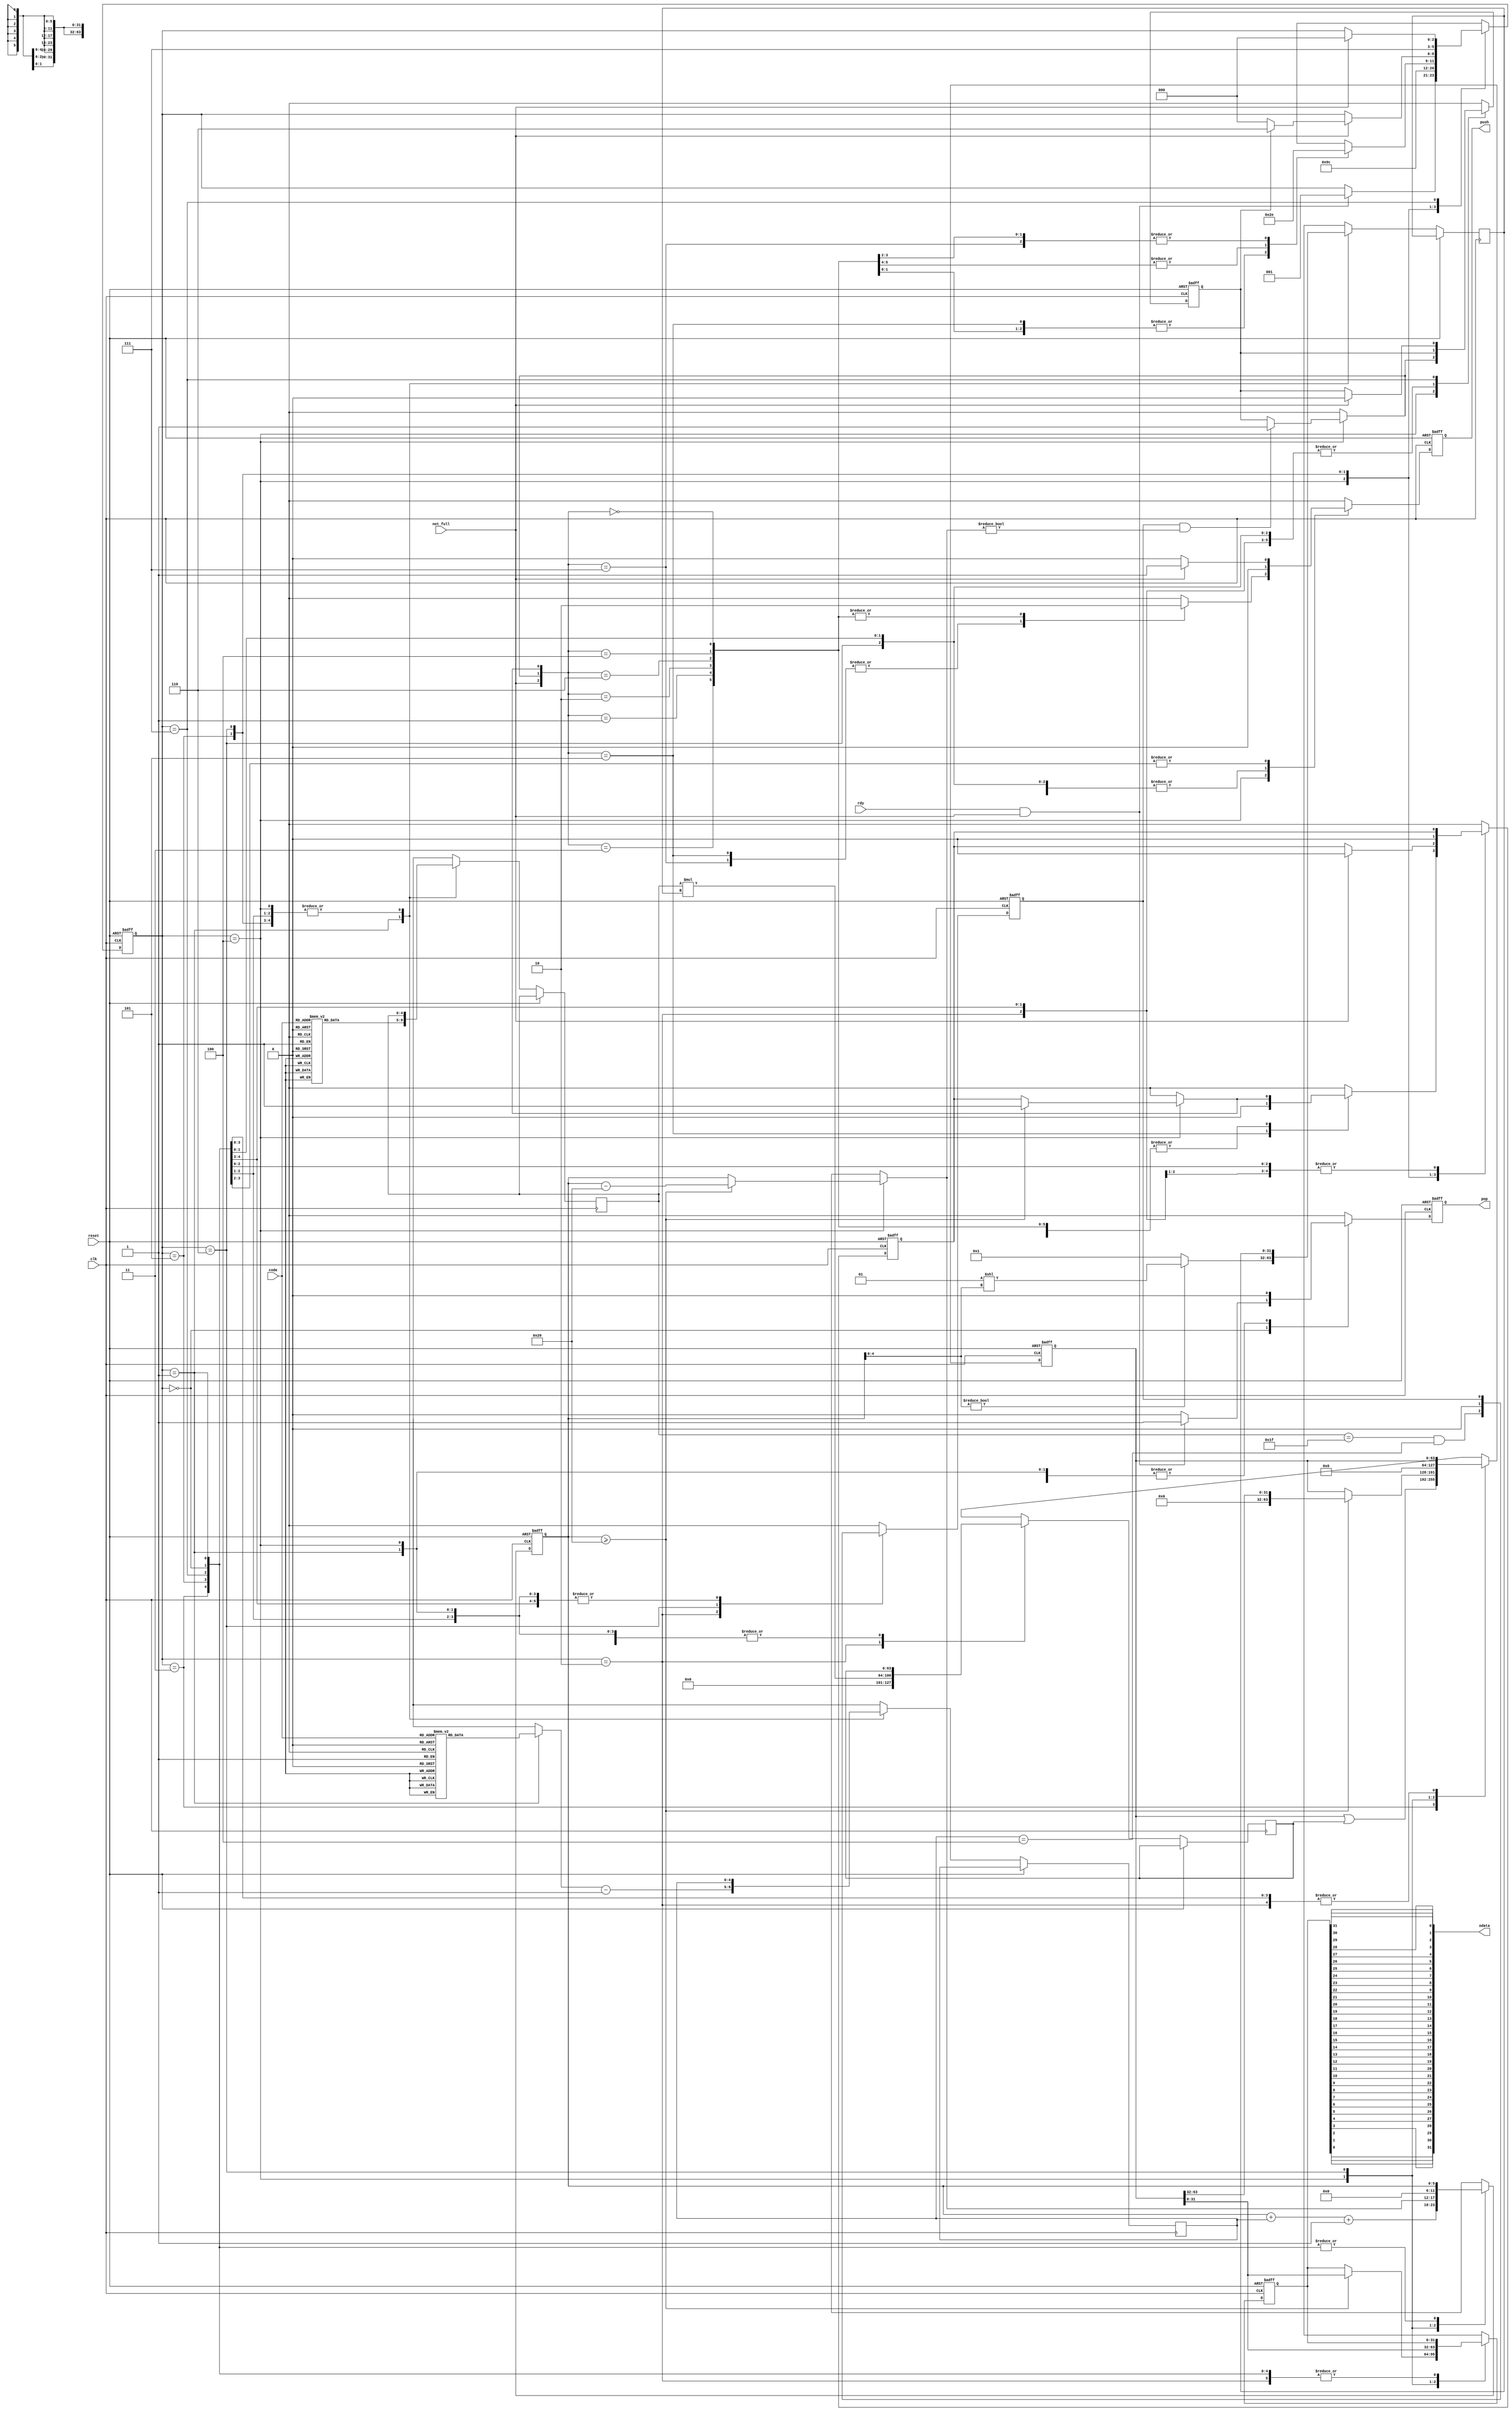
`timescale 1ns/1ns

`define init   3'd0
`define stage1 3'd1
`define stage2 3'd2
`define stage3 3'd3
`define stage4 3'd4
`define stage5 3'd5
`define stage6 3'd6
`define stage7 3'd7

module huffman_encode ( /*AUTOARG*/
   // Outputs
   odata, push, pop,
   // Inputs
   code, rdy, not_full, clk, reset
   ) ;

   parameter c_width = 4 ;//fixed length code width
   
   parameter vlc_width=5  ; //max variable length code width 
   parameter vlcz_width=5 ; //code size width
   
   parameter p_width=32 ; //packed data width 
   parameter p_width_msb=31 ; //packed data width
   
   parameter EOM = 5'b11111 ;
   parameter EOM_LENGTH = 4 ;//code length - 1
   
   input [3:0] code ;
   input 		rdy;
   input 		not_full ;
   input 		clk,reset ;
   
   output [p_width-1:0] odata ;//packed output data
   output 		push;
   output 		pop ;

   reg [vlc_width-1:0] 	cdata_rd ; //incoming code
   reg [vlcz_width-1:0] ldata_rd ; //incoming code length
   reg [vlc_width-1:0] 	cdata_wd ; //incoming code
   reg [vlcz_width-1:0] ldata_wd ; //incoming code length   

   reg [p_width-1:0] odata_wd ;//packed output data
   reg [p_width-1:0] odata_rd ;//packed output data

   reg [p_width-1:0] odata ;
   
   // //    
   reg 			push_rc;
   reg 			pop_rc ;
   reg 			push_wc;
   reg 			pop_wc ;   

   reg [p_width*2-1:0] 	pdata_rd ;//packed data register
   reg [p_width*2-1:0] 	pdata_wd ;//packed data register
   //    
   reg [vlcz_width:0] 	plsb_bit_rc ;//lsb start bit in packed data reg
   reg [vlcz_width:0] 	plsb_bit_wc ;//lsb start bit in packed data reg   

   
   reg [p_width*2-1:0] 	cdata_shift_rd ;
   reg [p_width-1:0] shift_mult_result_rd ;
   reg [p_width*2-1:0] 	cdata_shift_wd ;
   reg [p_width-1:0] shift_mult_result_wd ;   
   
   wire 		push = push_rc ;
   wire 		pop = pop_rc ;

   reg 			eom_detected_wc , eom_detected_rc ;
   reg [2:0] fsm_cs, fsm_ns;

   reg push_pending_wc,push_pending_rc,
       push_eom_pending_wc,push_eom_pending_rc;
   
   always @(posedge clk or posedge reset)
     if (reset)
       begin
	  pop_rc <= 0;
	  fsm_cs <= `init ;
	  push_rc <= 0;
	  plsb_bit_rc <= 0;
	  odata_rd <= 0;
	  pdata_rd <= 0;
	  eom_detected_rc <= 0;
	  push_pending_rc <= 0;
	  push_eom_pending_rc <= 0;
       end
     else
       begin
	  fsm_cs <= fsm_ns ;
	  pop_rc <= pop_wc ;
	  cdata_rd <= cdata_wd ;
	  ldata_rd <= ldata_wd ;
	  shift_mult_result_rd <= shift_mult_result_wd ;

	  cdata_shift_rd  <= cdata_shift_wd ;
	  push_rc <= push_wc ;
	  odata_rd <= odata_wd ;
	  plsb_bit_rc <= plsb_bit_wc ;
	  pdata_rd <= pdata_wd ;
	  eom_detected_rc <= eom_detected_wc ;

	  push_pending_rc <= push_pending_wc ;
	  push_eom_pending_rc <= push_eom_pending_wc;	  
       end

   integer i ;
   
   always @(/*autosense*/
	    cdata_rd
	    or cdata_shift_rd or code or eom_detected_rc or fsm_cs
	    or ldata_rd or not_full or odata_rd or pdata_rd
	    or plsb_bit_rc or push_eom_pending_rc or push_pending_rc
	    or rdy or shift_mult_result_rd)
     begin
	
	fsm_ns = fsm_cs ;
	pop_wc = 0;
	push_wc = 0;
	
	//Hold values
	cdata_wd = cdata_rd ;
	ldata_wd = ldata_rd ;
	shift_mult_result_wd = shift_mult_result_rd;

	cdata_shift_wd = cdata_shift_rd ;
	odata_wd = odata_rd ;
	pdata_wd = pdata_rd;
	plsb_bit_wc = plsb_bit_rc ;
	eom_detected_wc = eom_detected_rc ;

	push_pending_wc = push_pending_rc ;
	push_eom_pending_wc = push_eom_pending_rc;
	
	//Swizzle output data
	for (i=0;i<=31;i=i+1)
	  odata[i] = odata_rd[31-i];
	
	case ( fsm_cs )

	  `init:
	    if ( rdy & not_full )
	      begin
//		 push_pending_wc = 0;
		 fsm_ns = `stage1 ;
		 pop_wc = 1 ;
	      end

	  `stage1:
	    begin
	       cdata_wd = huffman_code_swizzled(code);
	       ldata_wd = huffman_code_length(code) - 1'b1;
	       shift_mult_result_wd = shift_mult_operand( plsb_bit_rc ) ;
	       fsm_ns = `stage2 ;
	    end

	  `stage2:
	    begin
	       eom_detected_wc = ( cdata_rd == EOM ) & ( ldata_rd == EOM_LENGTH ) ;
	       plsb_bit_wc = plsb_bit_rc + ldata_rd + 1'b1 ;
	       cdata_shift_wd = cdata_rd * shift_mult_result_rd ;
	       fsm_ns = `stage3 ;
	    end

	  `stage3:
	    begin
	       pdata_wd =  pdata_rd | cdata_shift_rd ;
	       fsm_ns = `stage4 ;
	    end	  

	  `stage4:
	    begin
	       if ( plsb_bit_rc >= p_width )
		 begin
		    push_pending_wc =1 ;
		    odata_wd = pdata_rd[p_width-1:0];
		    pdata_wd = { 32'h0 , pdata_rd[p_width*2-1:p_width] };
		    plsb_bit_wc = plsb_bit_rc - p_width ;
		 end
	       else
		 begin
		    pdata_wd = pdata_rd ;
		    plsb_bit_wc = plsb_bit_rc;
		 end // else: !if( plsb_bit_wc >= p_width )

	       if (eom_detected_rc && plsb_bit_wc != 0)
		 push_eom_pending_wc = 1;

	       case ( {not_full,push_eom_pending_wc,push_pending_wc} )
		 3'b100:fsm_ns=`init;
		 3'b000:fsm_ns=`init;		 
		 3'b101:
		   begin
		      push_wc = 1;
		      push_pending_wc = 0;		      
		      fsm_ns = `init ;
		   end

		 3'b111:
		   begin
		    push_wc = 1;
		    fsm_ns = `stage6 ;
		   end		 		 
		 3'b011: fsm_ns = `stage5 ;
		 
		 3'b001: fsm_ns = `stage5;
		 3'b010: fsm_ns = `stage6 ;
		 3'b110: fsm_ns = `stage6 ;
	       endcase // case ( {not_full,push_eom_pending_wc,push_pending_wc} )
	    end // case: `stage4

	  `stage5:
	    begin
	       if (not_full)
		 begin
		    push_wc = 1;
		    push_pending_wc = 0;

		    if ( push_eom_pending_rc )
		      fsm_ns = `stage6 ;
		    else
		      fsm_ns = `init;
		 end
	    end
	  
	  `stage6:
	    begin
	       push_pending_wc = 0;
	       eom_detected_wc = 0;
	       plsb_bit_wc     = 0;
	       pdata_wd        = 0;
	       odata_wd        = pdata_rd[p_width-1:0];
	       fsm_ns          = `stage7 ;
	    end

	  `stage7:
	    begin
	       if ( not_full )
		 begin
		    push_wc = 1 ;
		    push_eom_pending_wc = 0;
		    fsm_ns  = `init;
		 end
	    end
	  
	  default:fsm_ns = `init ;
	  
	endcase // case ( fsm_cs )
     end
   
   function [p_width-1:0] shift_mult_operand ;
      input [vlcz_width-1:0] ival ;
      begin
	 if ( ival )
	   shift_mult_operand = 1 << ival ;
	 else
	   shift_mult_operand = 1 ;	   
      end
   endfunction // shift_mult_operand

   function [vlc_width-1:0] huffman_code ;
      input [c_width-1:0] code ;
      begin
	 case(code)
	   0:huffman_code = 3'b100;//A
	   1:huffman_code = 5'b11110;//B
	   2:huffman_code = 4'b1100;//C
	   3:huffman_code = 3'b101;//D
	   4:huffman_code = 2'b00;//E
	   5:huffman_code = 4'b1101;//F
	   6:huffman_code = 4'b1110;//G
	   7:huffman_code = 2'b01;//H
	   8:huffman_code = 5'b11111;//EOS-End Of Stream
	   default: huffman_code = 5'bx ;
	 endcase // case (code)
      end
   endfunction // huffman_code

   function [vlc_width-1:0] huffman_code_swizzled ;
      input [c_width-1:0] code ;
      begin
	 case(code)
	   0:huffman_code_swizzled = 3'b001;//A
	   1:huffman_code_swizzled = 5'b01111;//B
	   2:huffman_code_swizzled = 4'b0011;//C
	   3:huffman_code_swizzled = 3'b101;//D
	   4:huffman_code_swizzled = 2'b00;//E
	   5:huffman_code_swizzled = 4'b1011;//F
	   6:huffman_code_swizzled = 4'b0111;//G
	   7:huffman_code_swizzled = 2'b10;//H
	   8:huffman_code_swizzled = 5'b11111;//EOS-End Of Stream
	   default: huffman_code_swizzled = 5'bx ;
	 endcase // case (code)
      end
   endfunction // huffman_code
   
   function [vlcz_width-1:0] huffman_code_length ;
      input [c_width-1:0] code ;
      begin
	 case(code)
	   0:huffman_code_length = 3;//A
	   1:huffman_code_length = 5;//B
	   2:huffman_code_length = 4;//C
	   3:huffman_code_length = 3;//D
	   4:huffman_code_length = 2;//E
	   5:huffman_code_length = 4;//F
	   6:huffman_code_length = 4;//G
	   7:huffman_code_length = 2;//H
	   8:huffman_code_length = 5;//EOS-End Of Stream
	   default: huffman_code_length = 3'bx ;
	 endcase // case (code)
      end      
   endfunction   
			  
endmodule // huffman_encode